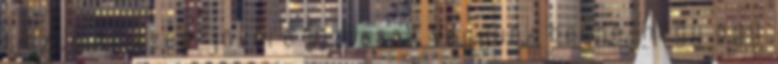
tiszta és szép jövőre Biztosak vagyunk benne, hogy egy